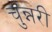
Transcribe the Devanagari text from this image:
चुन्नरी